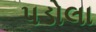
પડોલા